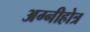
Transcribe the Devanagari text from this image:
अग्नीहोत्र